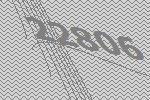
22806